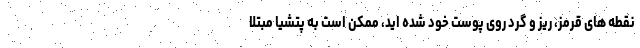
نقطه های قرمز، ریز و گرد روی پوست خود شده اید، ممکن است به پتشیا مبتلا